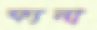
ফ্যনা